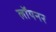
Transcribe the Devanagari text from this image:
लॉयनर